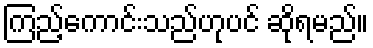
ကြည့်ကောင်းသည်ဟုပင် ဆိုရမည်။